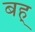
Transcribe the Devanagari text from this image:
बह्